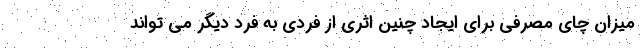
میزان چای مصرفی برای ایجاد چنین اثری از فردی به فرد دیگر می تواند